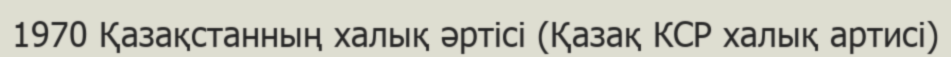
1970 Қазақстанның халық әртісі (Қазақ КСР халық артисі)